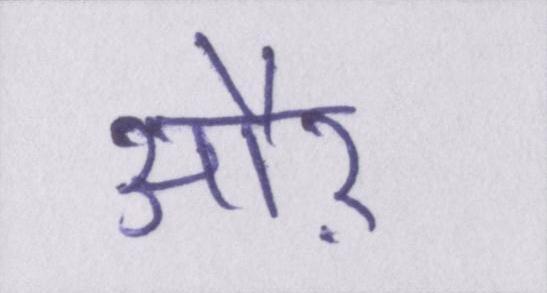
औऱ